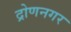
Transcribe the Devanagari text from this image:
द्रोणनगर